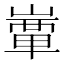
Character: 𡼒